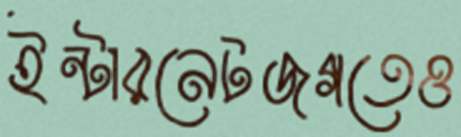
ইন্টারনেটজগতেও